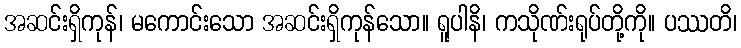
အဆင်းရှိကုန်၊ မကောင်းသော အဆင်းရှိကုန်သော။ ရူပါနိ၊ ကသိုဏ်းရုပ်တို့ကို။ ပဿတိ၊